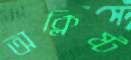
অক্লিষ্ট